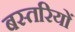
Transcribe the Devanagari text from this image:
बस्तरियों